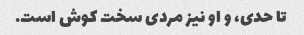
تا حدی، و او نیز مردی سخت کوش است.